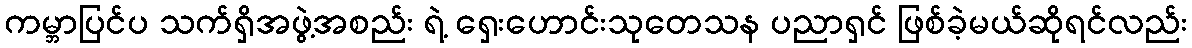
ကမ္ဘာပြင်ပ သက်ရှိအဖွဲ့အစည်း ရဲ့ ရှေးဟောင်းသုတေသန ပညာရှင် ဖြစ်ခဲ့မယ်ဆိုရင်လည်း